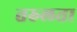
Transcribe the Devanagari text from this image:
तरुलता